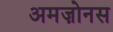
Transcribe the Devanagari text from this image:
अमज़ोनस